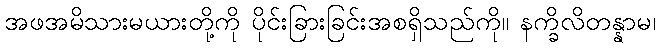
အဖအမိသားမယားတို့ကို ပိုင်းခြားခြင်းအစရှိသည်ကို။ နက္ခိလိတန္နာမ၊